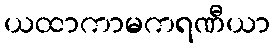
ယထာကာမကရဏီယာ